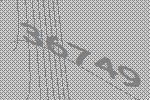
36749